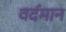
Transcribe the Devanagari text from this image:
वर्दमान